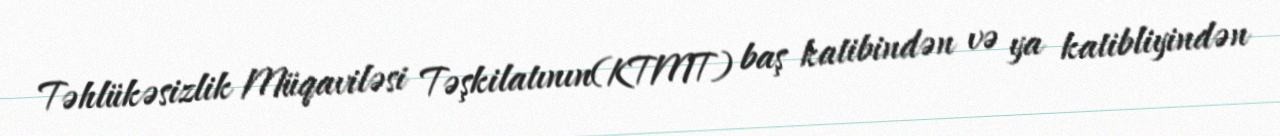
Təhlükəsizlik Müqaviləsi Təşkilatının(KTMT) baş katibindən və ya katibliyindən